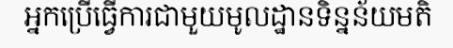
អ្នកប្រើធ្វើការជាមួយមូលដ្ឋានទិន្នន័យមតិ